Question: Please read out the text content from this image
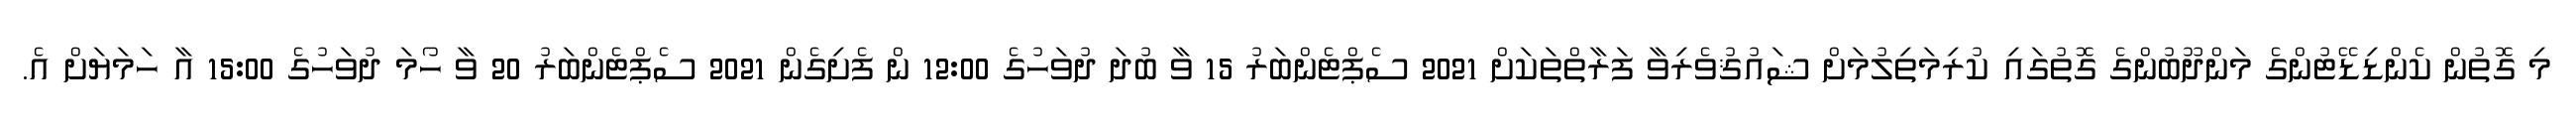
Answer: މި ގޮތުން ކެންޑިޑޭޓުންގެ މަންދޫބުންގެ ގޮތުގައި ކުރިމަތިލުމަށް ޝައުޤުވެރިވާ ފަރާތްތަކަށް 2021 ސެޕްޓެންބަރު 15 ވާ ބުދަ ދުވަހުގެ 12:00 ން ފެށިގެން 2021 ސެޕްޓެންބަރު 20 ވާ ހޯމަ ދުވަހުގެ 15:00 އާ ހަމަޔަށް އެ.